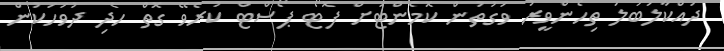
ދައްކާލަބަލަ ތިހެންވީރު ވަގުތުން ކޮމެންޓަށް ފޮޓޯ ޕޯސްޓް ކުރެވޭ ގޮތް ހެެދި ދުވަހަކުން